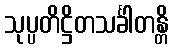
သုပ္ပတိဋ္ဌိတသင်္ခါတန္တိ